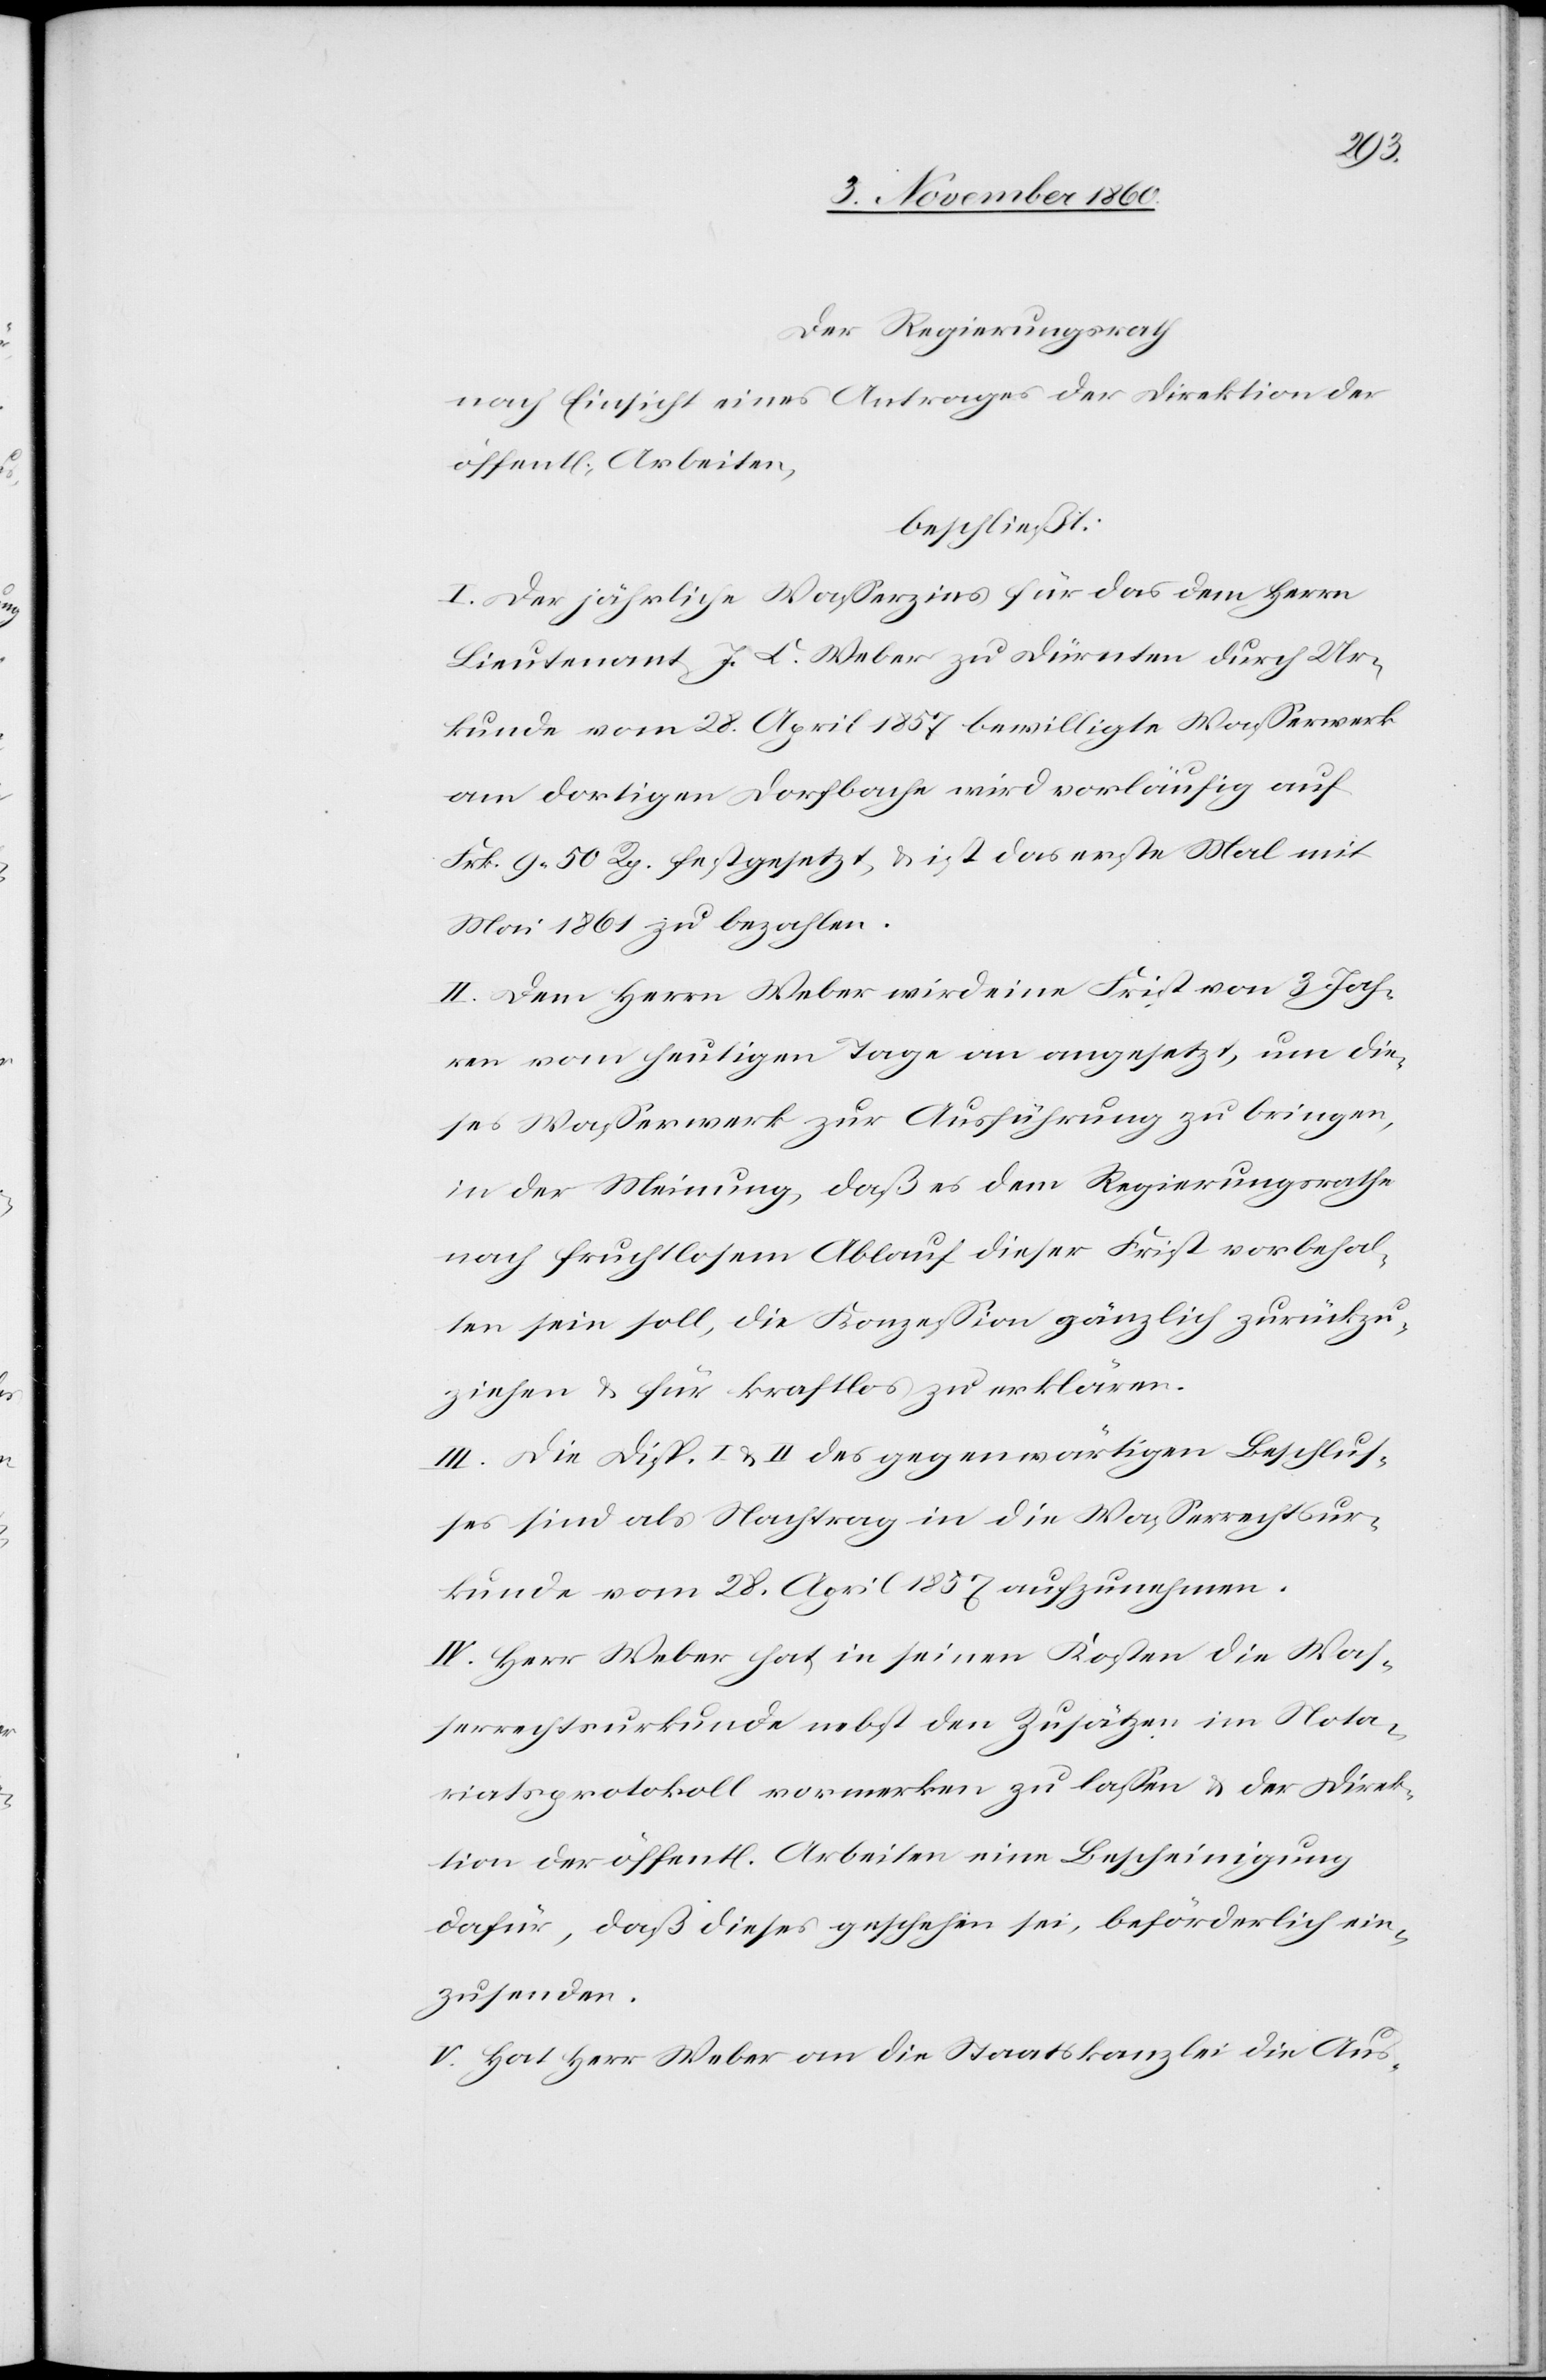
Der Regierungsrath
Nach Einsicht eines Antrages der Direktion der
öffentl. Arbeiten,
beschließt:
I. Der jährliche Wasserzins für das dem Herrn
Lieutenant J. C. Weber von Dürnten durch Ur¬
kunde vom 28. April 1857 bewilligte Wasserwerk
am dortigen Dorfbache wird vorläufig auf
Frk. 9 50 Rp. festgesetzt, u. ist das erste Mal mit
Mai 1861 zu bezahlen.
II. Dem Herrn Weber wird eine Frist von 3 Jah¬
ren vom heutigen Tage an angesetzt, um die¬
ses Wasserwerk zur Ausführung zu bringen,
in der Meinung, daß es dem Regierungsrathe
nach fruchtlosem Ablauf dieser Frist vorbehal¬
ten sein soll, die Konzession gänzlich zurückzu¬
ziehen u. für kraftlos zu erklären.
III. Die Disp. I u. II des gegenwärtigen Beschlus¬
ses sind als Nachtrag in die Wasserrechtsur¬
kunde vom 28. April 1857 aufzunehmen.
IV. Herr Weber hat in seinen Kosten die Was¬
serrechtsurkunde nebst den Zusätzen im Nota¬
riatsprotokoll vormerken zu lassen u. der Direk¬
tion der öffent[lichen] Arbeiten eine Bescheinigung
dafür, daß dieses geschehen sei, beförderlich ein¬
zusenden.
V. Hat Herr Weber an die Staatskanzlei die Aus-